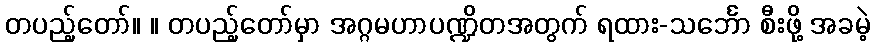
တပည့်တော်။ ။ တပည့်တော်မှာ အဂ္ဂမဟာပဏ္ဍိတအတွက် ရထား-သင်္ဘော စီးဖို့ အခမဲ့